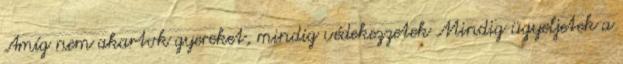
Amíg nem akartok gyereket, mindig védekezzetek Mindig ügyeljetek a